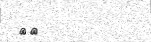
٨٩